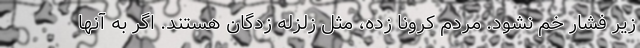
زیر فشار خم نشود. مردم کرونا زده، مثل زلزله زدگان هستند. اگر به آنها